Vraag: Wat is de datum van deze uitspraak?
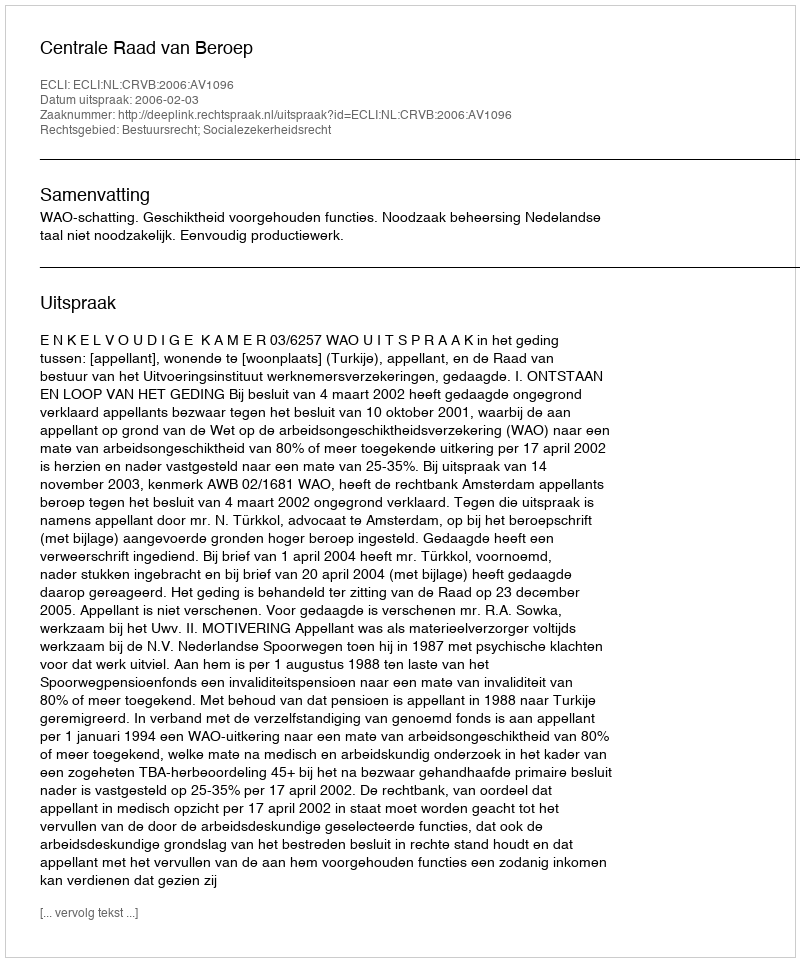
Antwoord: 2006-02-03